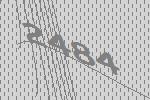
2484